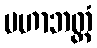
မဟာဘတ္တံ